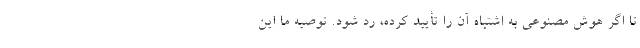
تا اگر هوش مصنوعی به اشتباه آن را تأیید کرده، رد شود. توصیه ما این